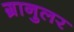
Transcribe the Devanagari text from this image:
ग्रानुलर